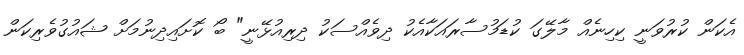
އެކަން ކުރުވަނީ ކިހިނެއް މާލޭގަ ކުޑަމުސާރައަކާއެކު ދިވެއްސަކު ދިރިއުޅޭނީ" ބޯ ކޮށައިދިނުމަށް ޝައުގުވެރިކަން